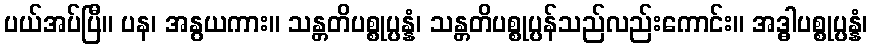
ပယ်အပ်ပြီ။ ပန၊ အနွယကား။ သန္တတိပစ္စုပ္ပန္နံ၊ သန္တတိပစ္စုပ္ပန်သည်လည်းကောင်း။ အဒ္ဓါပစ္စုပ္ပန္နံ၊